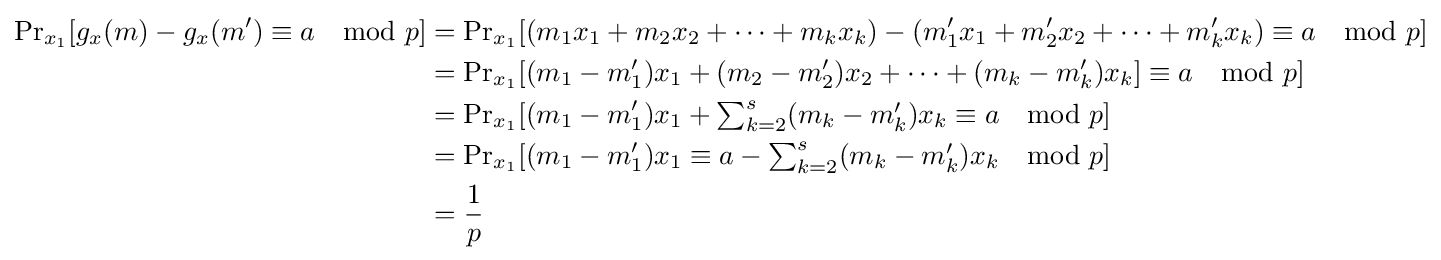
{\begin{aligned}{\Pr }_{x_{1}}[g_{x}(m)-g_{x}(m')\equiv a\mod p]&={\Pr }_{x_{1}}[(m_{1}x_{1}+m_{2}x_{2}+\cdots +m_{k}x_{k})-(m'_{1}x_{1}+m'_{2}x_{2}+\cdots +m'_{k}x_{k})\equiv a\mod p]\\&={\Pr }_{x_{1}}[(m_{1}-m'_{1})x_{1}+(m_{2}-m'_{2})x_{2}+\cdots +(m_{k}-m'_{k})x_{k}]\equiv a\mod p]\\&={\Pr }_{x_{1}}[(m_{1}-m'_{1})x_{1}+\textstyle \sum _{k=2}^{s}(m_{k}-m'_{k})x_{k}\equiv a\mod p]\\&={\Pr }_{x_{1}}[(m_{1}-m'_{1})x_{1}\equiv a-\textstyle \sum _{k=2}^{s}(m_{k}-m'_{k})x_{k}\mod p]\\&={\frac {1}{p}}\end{aligned}}